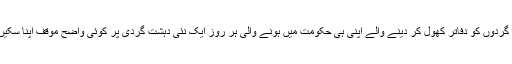
دہشت گردوں کو دفاتر کھول کر دینے والے اپنی ہی حکومت میں ہونے والی ہر روز ایک نئی دہشت گردی پر کوئی واضح موقف اپنا سکیں گے؟